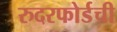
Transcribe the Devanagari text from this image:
रुदरफोर्डची